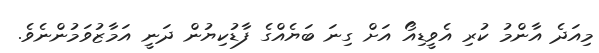
މިއަދެ އާންމު ކުރި އެވީޑިއޯ އަށް ގިނަ ބަޔެއްގެ ފާޑުކިޔުން ދަނީ އަމާޒުވަމުންނެވެ.